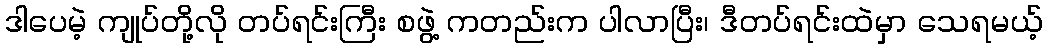
ဒါပေမဲ့ ကျုပ်တို့လို တပ်ရင်းကြီး စဖွဲ့ ကတည်းက ပါလာပြီး၊ ဒီတပ်ရင်းထဲမှာ သေရမယ့်